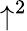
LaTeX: \uparrow^{2}